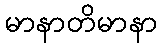
မာနာတိမာနာ